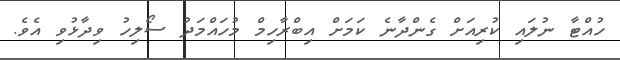
ހުއްޓާ ނުލައި ކުރިއަށް ގެންދާނެ ކަމަށް އިބްރާހިމް މުހައްމަދު ސޯލިހު ވިދާޅުވި އެވެ.